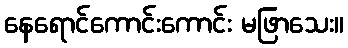
နေရောင်ကောင်းကောင်း မဖြာသေး။